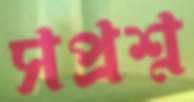
সপ্রশ্ন